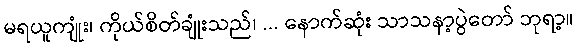
မရယူကျုံး၊ ကိုယ်စိတ်ချုံးသည်၊ ... နောက်ဆုံး သာသနာ့ပွဲတော် ဘုရာ့။